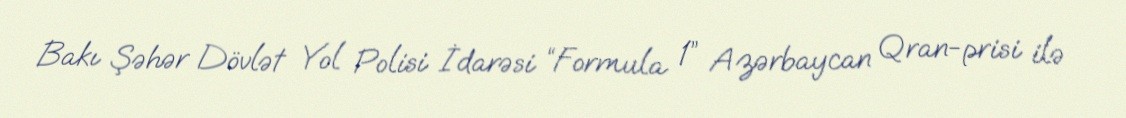
Bakı Şəhər Dövlət Yol Polisi İdarəsi “Formula 1” Azərbaycan Qran-prisi ilə